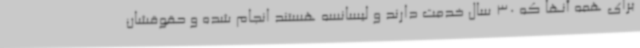
برای همه آنها که 30 سال خدمت دارند و لیسانسه هستند انجام شده و حقوقشان